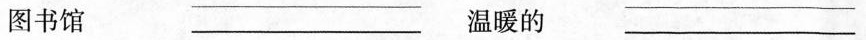
图书馆 ___ 温暖的 ___